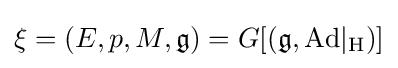
\xi =(E,p,M,{\mathfrak {g}})=G[({\mathfrak {g}},\mathrm {Ad\vert _{H}} )]